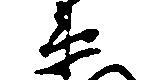
衛